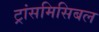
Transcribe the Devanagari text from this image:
ट्रांसमिसिबल